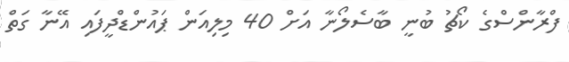
ފްރާންސްގެ ކޯޗު ބުނީ ބާސެލޯނާ އަށް 40 މިލިއަން ޕައުންޑްދީފައި އޭނާ ގަތް